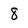
Character: 8